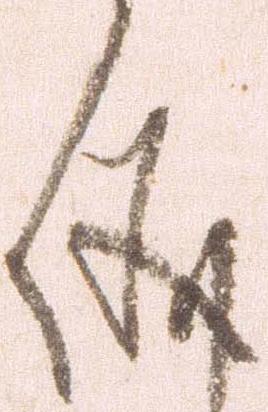
儀